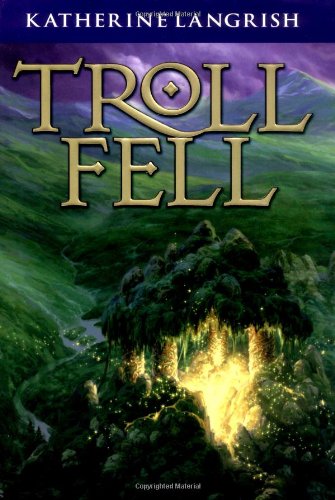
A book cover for Troll Fell; Katherine Langrish; Children's Books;